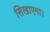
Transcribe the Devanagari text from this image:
सिखाएगा।